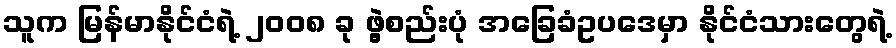
သူက မြန်မာနိုင်ငံရဲ့ ၂၀၀၈ ခု ဖွဲ့စည်းပုံ အခြေခံဥပဒေမှာ နိုင်ငံသားတွေရဲ့